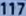
transcribed